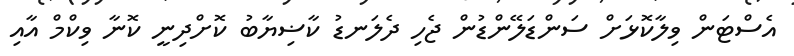
އެސްޓަން ވިލާކޮޅަށް ސަންޑަލޭންޑުން ޖެހި ދެލަނޑު ކާޟިޔާބު ކޮށްދިނީ ކޮނާ ވިކްމް އާއި